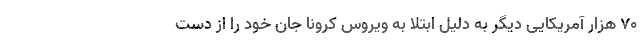
70 هزار آمریکایی دیگر به دلیل ابتلا به ویروس کرونا جان خود را از دست